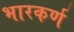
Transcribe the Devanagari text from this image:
भारकर्ण